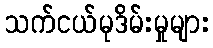
သက်ငယ်မုဒိမ်းမှုများ